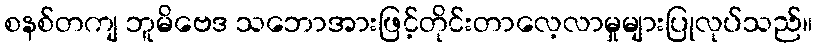
စနစ်တကျ ဘူမိဗေဒ သဘောအားဖြင့်တိုင်းတာလေ့လာမှုများပြုလုပ်သည်။